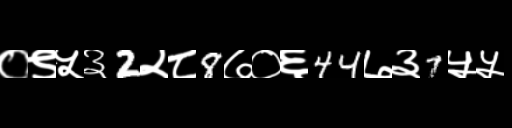
Text: ०९५३2२८8७०६44७३7५५